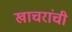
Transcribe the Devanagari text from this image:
खाचरांची